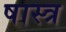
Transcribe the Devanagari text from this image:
षास्त्र